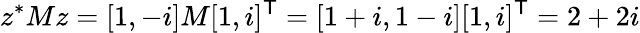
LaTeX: z^{*}Mz=[1,-i]M[1,i]^{\textsf{T}}=[1+i,1-i][1,i]^{\textsf{T}}=2+2i